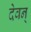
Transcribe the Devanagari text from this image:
देवन्